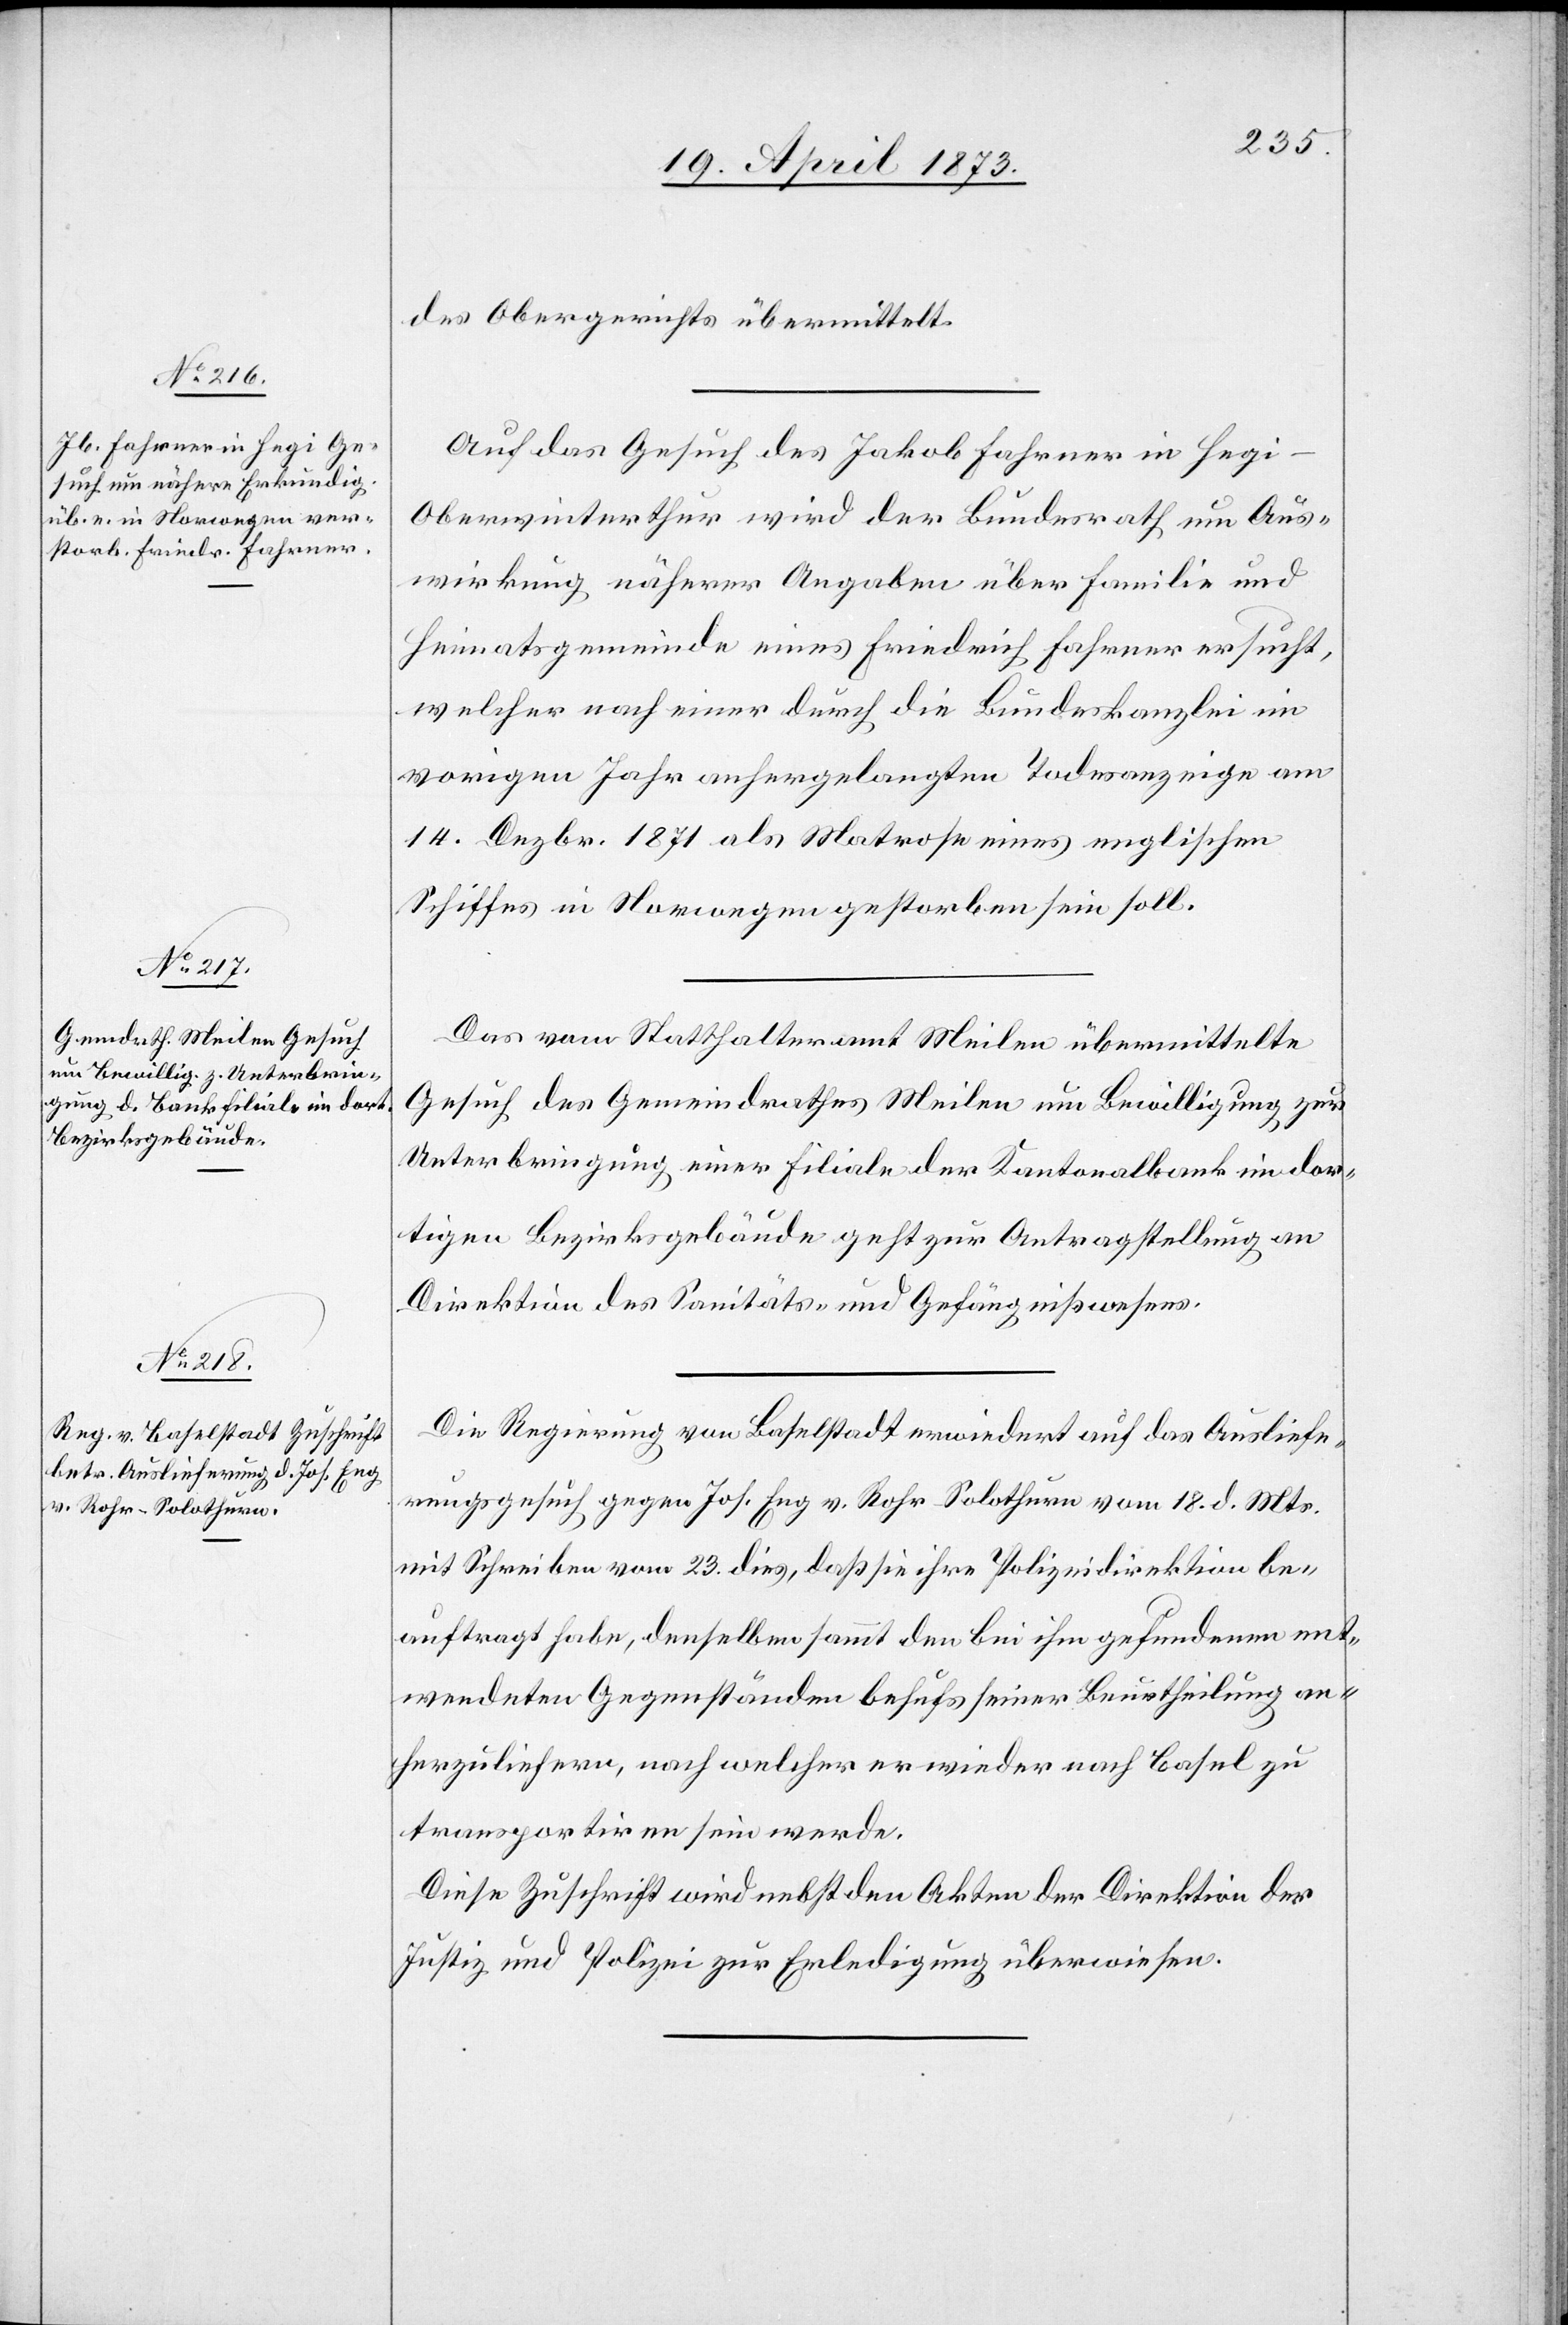
25. April 1873]
Auf das Gesuch des Jakob Fahrner in Heg¬
i-Oberwinterthur wird der Bundesrath um Aus¬
wirkung näherer Angaben über Familie und
Heimatsgemeinde eines Friedrich Fahrner ersucht,
welcher nach einer durch die Bundeskanzlei im
vorigen Jahr anhergelangten Todesanzeige am
14. Dezbr. 1871 als Matrose eines englischen
Schiffes in Norwegen gestorben sein soll.
Das vom Statthalteramt Meilen übermittelte
Gesuch des Gemeindrathes Meilen um Bewilligung zur
Unterbringung einer Filiale der Kantonalbank im dor¬
tigen Bezirksgebäude geht zur Antragstellung an
Direktion des Sanitäts- und Gefängnißwesens.
Die Regierung von Baselstadt erwiedert auf das Ausliefe¬
rungsgesuch gegen Jos. Eng v. Rohr-Solothurn vom 18. d. Mts.
mit Schreiben vom 23. dies, daß sie ihre Polizeidirektion be¬
auftragt habe, denselben sammt den bei ihm gefundenen ent¬
wendeten Gegenständen behufs seiner Beurtheilung an¬
herzuliefern, nach welcher er wieder nach Basel zu
transportiren sein werde.
Diese Zuschrift wird nebst den Akten der Direktion der
Justiz und Polizei zur Erledigung überwiesen.